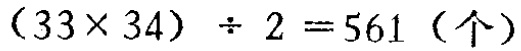
\((33\times 34)\div 2 = 561 \text{（个）}\)